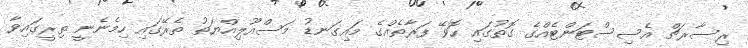
ރިސާރޗް އެސިސްޓަންޓެއްގެ ގޮތުގައި ހޮވޭ ފަރާތެއްގެ މައިގަނޑު މަސްއޫލިއްޔަތު ތެރޭގައި ހިމެނެނީ ތިރީގައިވާ